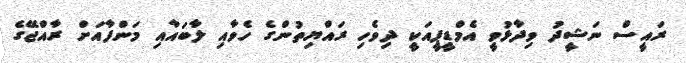
ރައީސް ނަޝީދު ވިދާޅުވީ އެމްޑީޕީއަކީ ދިވެހި ރައްޔިތުންގެ ހެވާއި ލާބައާއި މަންފާއަށް ރާއްޖޭގެ